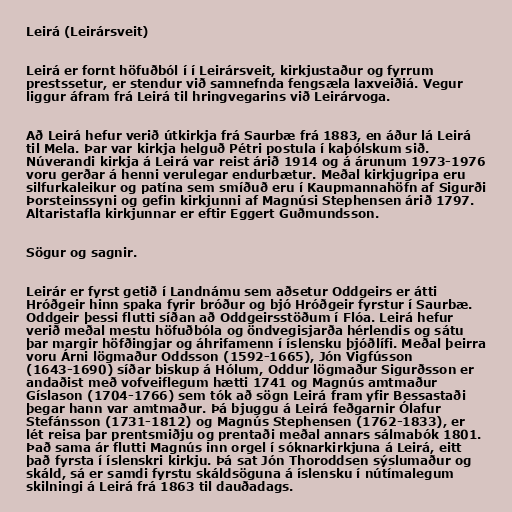
Leirá (Leirársveit)

Leirá er fornt höfuðból í í Leirársveit, kirkjustaður og fyrrum
prestssetur, er stendur við samnefnda fengsæla laxveiðiá. Vegur
liggur áfram frá Leirá til hringvegarins við Leirárvoga.

Að Leirá hefur verið útkirkja frá Saurbæ frá 1883, en áður lá Leirá
til Mela. Þar var kirkja helguð Pétri postula í kaþólskum sið.
Núverandi kirkja á Leirá var reist árið 1914 og á árunum 1973-1976
voru gerðar á henni verulegar endurbætur. Meðal kirkjugripa eru
silfurkaleikur og patína sem smíðuð eru í Kaupmannahöfn af Sigurði
Þorsteinssyni og gefin kirkjunni af Magnúsi Stephensen árið 1797.
Altaristafla kirkjunnar er eftir Eggert Guðmundsson.

Sögur og sagnir.

Leirár er fyrst getið í Landnámu sem aðsetur Oddgeirs er átti
Hróðgeir hinn spaka fyrir bróður og bjó Hróðgeir fyrstur í Saurbæ.
Oddgeir þessi flutti síðan að Oddgeirsstöðum í Flóa. Leirá hefur
verið meðal mestu höfuðbóla og öndvegisjarða hérlendis og sátu
þar margir höfðingjar og áhrifamenn í íslensku þjóðlífi. Meðal þeirra
voru Árni lögmaður Oddsson (1592-1665), Jón Vigfússon
(1643-1690) síðar biskup á Hólum, Oddur lögmaður Sigurðsson er
andaðist með vofveiflegum hætti 1741 og Magnús amtmaður
Gíslason (1704-1766) sem tók að sögn Leirá fram yfir Bessastaði
þegar hann var amtmaður. Þá bjuggu á Leirá feðgarnir Ólafur
Stefánsson (1731-1812) og Magnús Stephensen (1762-1833), er
lét reisa þar prentsmiðju og prentaði meðal annars sálmabók 1801.
Það sama ár flutti Magnús inn orgel í sóknarkirkjuna á Leirá, eitt
það fyrsta í íslenskri kirkju. Þá sat Jón Thoroddsen sýslumaður og
skáld, sá er samdi fyrstu skáldsöguna á íslensku í nútímalegum
skilningi á Leirá frá 1863 til dauðadags.